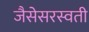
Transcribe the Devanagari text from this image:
जैसेसरस्वती